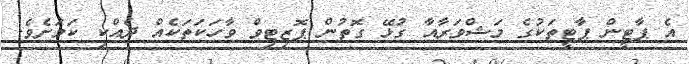
އެ ޕާޓީން ޕާޓީތަކުގެ މަޝްވަރާއާ ގުޅޭ ގޮތުން ޕޮޒިޓިވް ވާހަކަތަކެއް ދެއްކި ކަމަށެވެ.